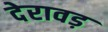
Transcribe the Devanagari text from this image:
देरावड़